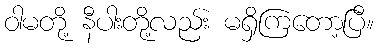
ဝါမတို့ နီပါးတို့လည်း မရှိကြတော့ပြီ။